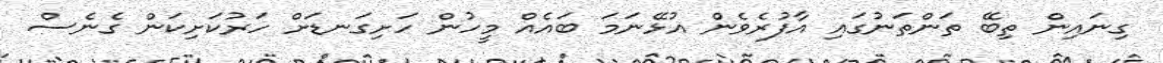
ގިނައިން ތިބޭ ތަންތަނުގައި އާފުރެވެން އުޅޭނަމަ ބައެއް މީހުން ހަށިގަނޑަށް ހަރުކަށިކަން ގެނެސް